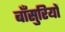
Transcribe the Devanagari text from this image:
बाँसुरियों